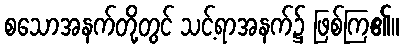
စသောအနက်တို့တွင် သင့်ရာအနက်၌ ဖြစ်ကြ၏။